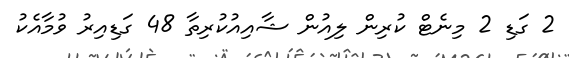
2 ގަޑި 2 މިނެޓް ކުރިން ލިއުން ޝާއިއުކުރިތާ 48 ގަޑިއިރު ވުމާއެކު